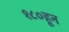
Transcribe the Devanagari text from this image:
१८०हून